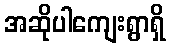
အဆိုပါကျေးရွာရှိ